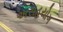
અસહયોગ